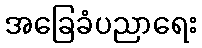
အခြေခံပညာရေး